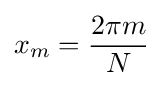
x_{m}={\frac {2\pi m}{N}}